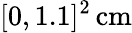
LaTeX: [0,1.1]^{2}\, \mathrm{cm}